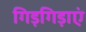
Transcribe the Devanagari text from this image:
गिड़गिड़ाएं